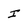
Character: I